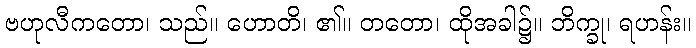
ဗဟုလီကတော၊ သည်။ ဟောတိ၊ ၏။ တတော၊ ထိုအခါ၌။ ဘိက္ခု၊ ရဟန်း။